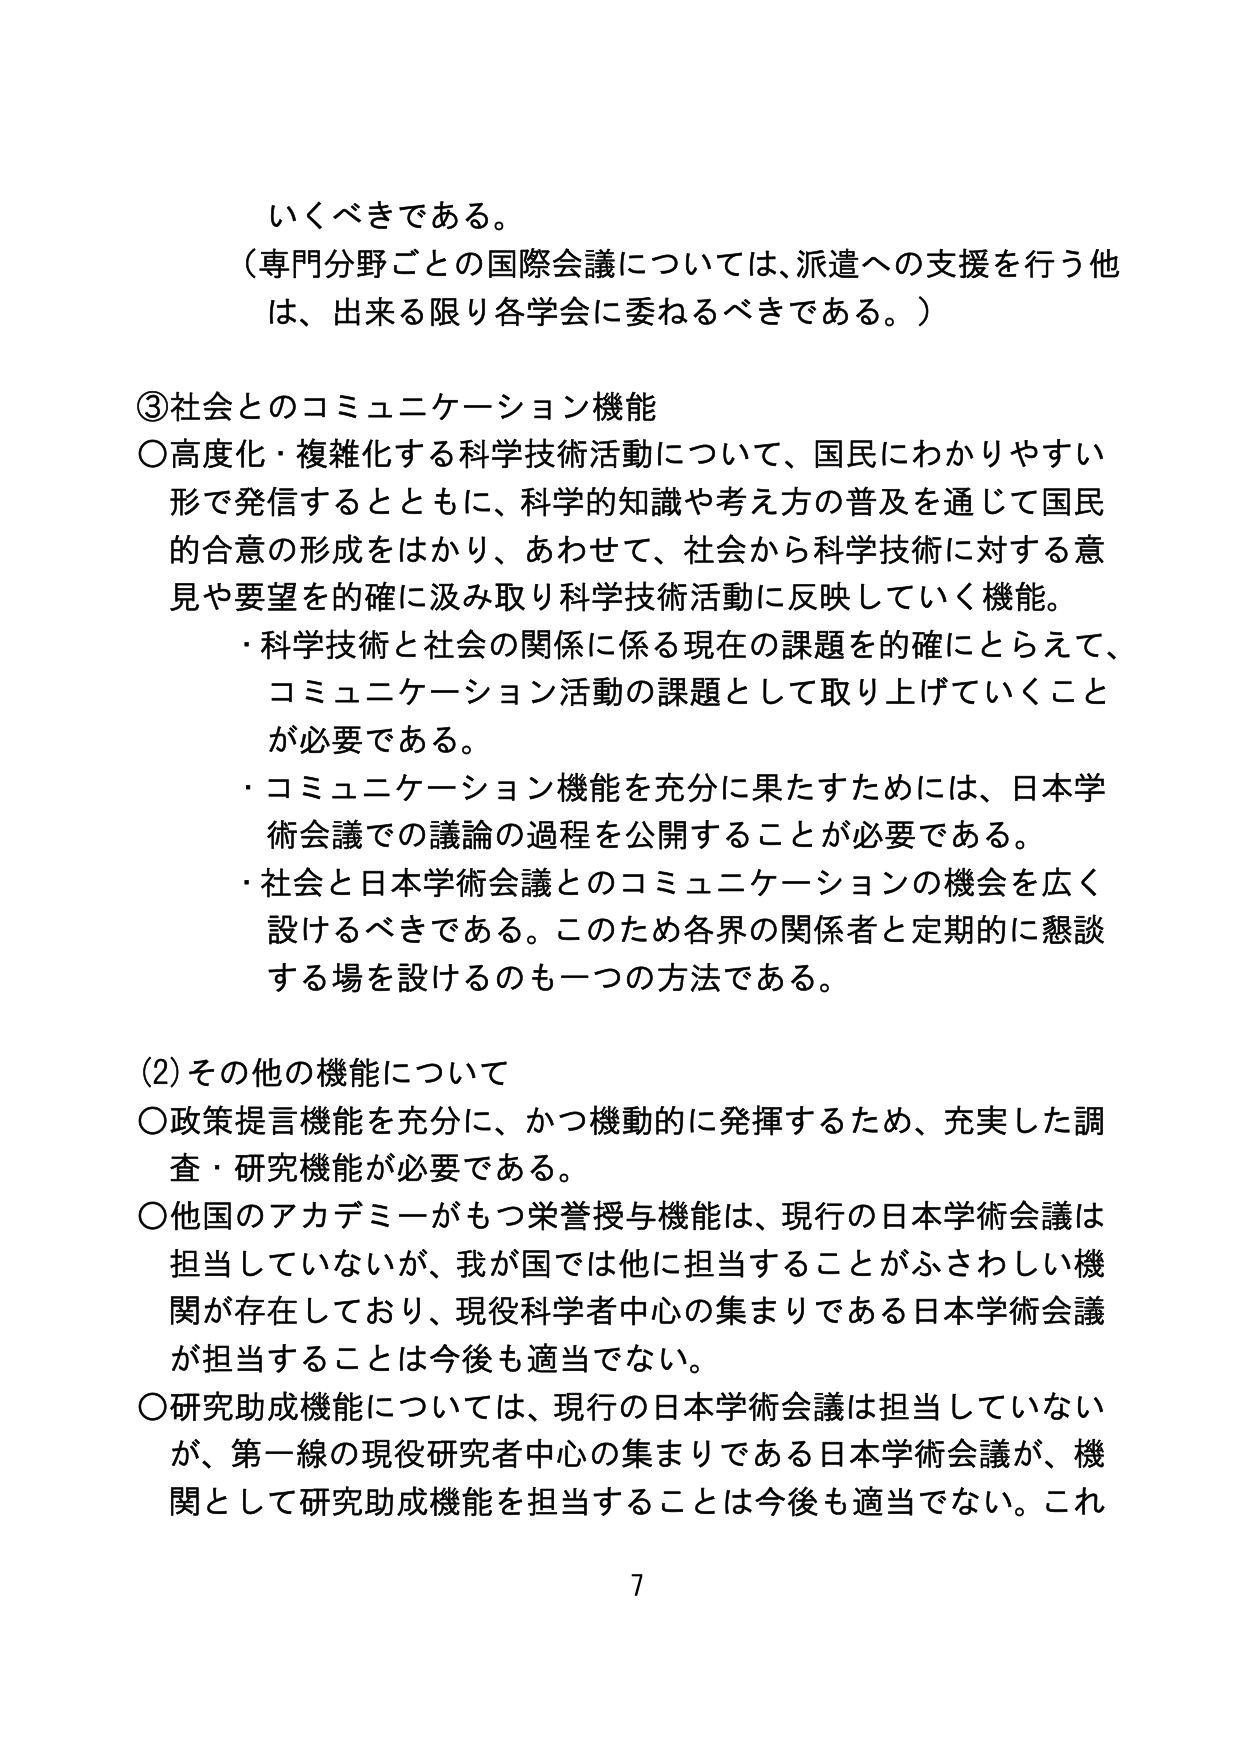
いくべきである。
（専門分野ごとの国際会議については、派遣への支援を行う他は、出来る限り各学会に委ねるべきである。）

③社会とのコミュニケーション機能
○高度化・複雑化する科学技術活動について、国民にわかりやすい形で発信するとともに、科学的知識や考え方の普及を通じて国民的合意の形成をはかり、あわせて、社会から科学技術に対する意見や要望を的確に汲み取り科学技術活動に反映していく機能。
・科学技術と社会の関係に係る現在の課題を的確にとらえて、コミュニケーション活動の課題として取り上げていくことが必要である。
・コミュニケーション機能を充分に果たすためには、日本学術会議での議論の過程を公開することが必要である。
・社会と日本学術会議とのコミュニケーションの機会を広く設けるべきである。このため各界の関係者と定期的に懇談する場を設けるのも一つの方法である。

(2) その他の機能について
○政策提言機能を充分に、かつ機動的に発揮するため、充実した調査・研究機能が必要である。
○他国のアカデミーがもつ栄誉授与機能は、現行の日本学術会議は担当していないが、我が国では他に担当することがふさわしい機関が存在しており、現役科学者中心の集まりである日本学術会議が担当することは今後も適当でない。
○研究助成機能については、現行の日本学術会議は担当していないが、第一線の現役研究者中心の集まりである日本学術会議が、機関として研究助成機能を担当することは今後も適当でない。これ

7